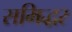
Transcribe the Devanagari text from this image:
समिद्धर